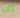
تاب